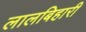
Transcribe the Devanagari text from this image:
लालबिहारी